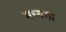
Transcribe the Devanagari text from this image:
मध्यगा